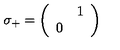
\sigma _ { + } = \left( \begin{array} { c c } { } & { 1 } \\ { 0 } & { } \\ \end{array} \right)